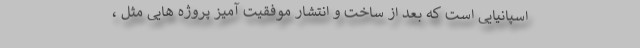
اسپانیایی است که بعد از ساخت و انتشار موفقیت آمیز پروژه هایی مثل ،